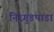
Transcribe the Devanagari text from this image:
निरगुडपाडा